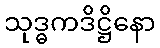
သုဒ္ဓကဒိဋ္ဌိနော